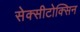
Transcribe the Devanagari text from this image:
सेक्सीटोक्सिन